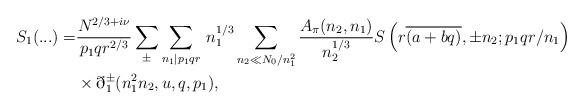
LaTeX: \begin{align*}S_1(...) = &\frac{N^{2/3+i\nu}}{p_1qr^{2/3}} \sum_{\pm} \sum_{n_{1}|p_1qr}\,n^{1/3}_1 \sum_{n_{2}\ll N_0/n^2_1} \frac{A_{\pi}(n_{2},n_{1})}{ n^{1/3}_{2}} S\left( r\overline{(a+bq)}, \pm n_{2}; p_1qr/n_{1}\right)\\& \times \eth_1^{\pm}(n^2_1n_2,u,q,p_1),\end{align*}